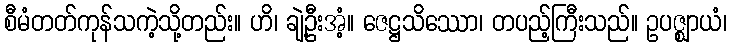
စီမံတတ်ကုန်သကဲ့သို့တည်း။ ဟိ၊ ချဲ့ဦးအံ့။ ဇေဋ္ဌသိဿော၊ တပည့်ကြီးသည်။ ဥပဇ္ဈာယံ၊